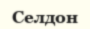
Селдон